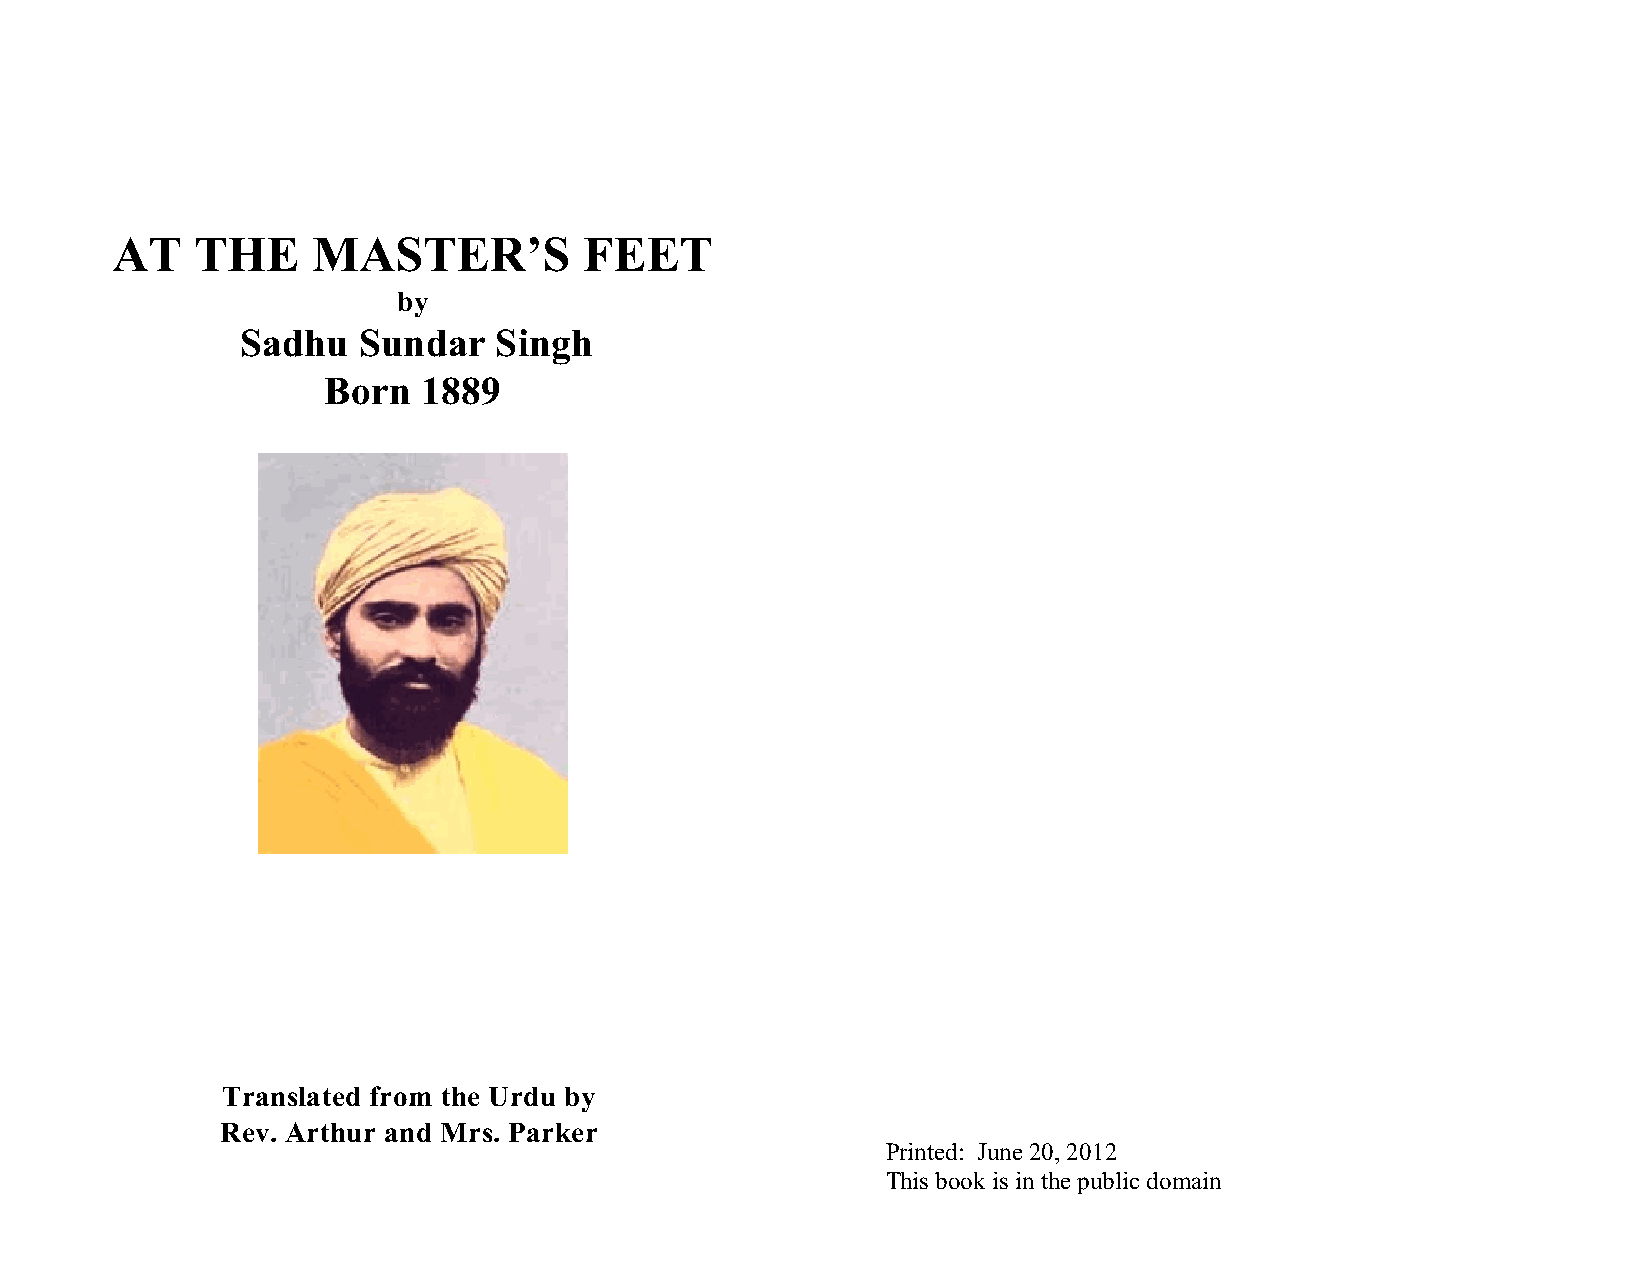
AT    THE     MASTER’S          FEET
 by
 Sadhu   Sundar   Singh
 Born   1889
 Translated from the Urdu by
 Rev. Arthur and Mrs. Parker
 Printed: June 20, 2012
 This book is in the public domain